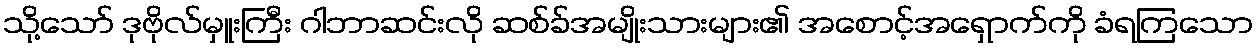
သို့သော် ဒုဗိုလ်မှူးကြီး ဂါဘာဆင်းလို ဆစ်ခ်အမျိုးသားများ၏ အစောင့်အရှောက်ကို ခံရကြသော